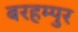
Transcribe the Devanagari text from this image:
बरहम्पुर